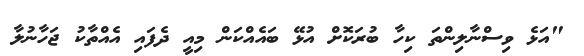
"އަޅެ ވިސްނާލިންތަ ކިހާ ބުރަކޮށް އުޅޭ ބައެއްކަން މިއީ ދެފައި އެއްތާކު ޖަހާނުލާ